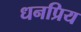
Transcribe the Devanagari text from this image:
धनप्रिय